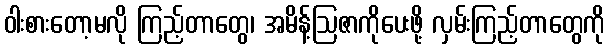
ဝါးစားတော့မလို ကြည့်တာတွေ၊ အမိန့်ဩဇာကိုပေးဖို့ လှမ်းကြည့်တာတွေကို